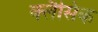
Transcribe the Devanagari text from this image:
क्लैसिक